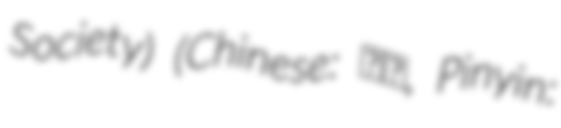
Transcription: Society) (Chinese: 南社, Pinyin: